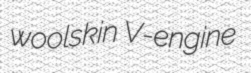
woolskin V-engine